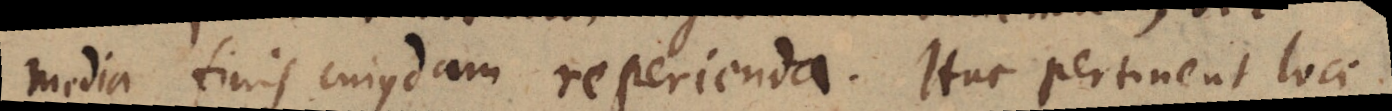
media finis cujusdam reperienda. Huc pertinent loci